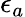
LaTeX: \epsilon_{a}